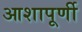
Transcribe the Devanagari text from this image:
आशापूर्णी